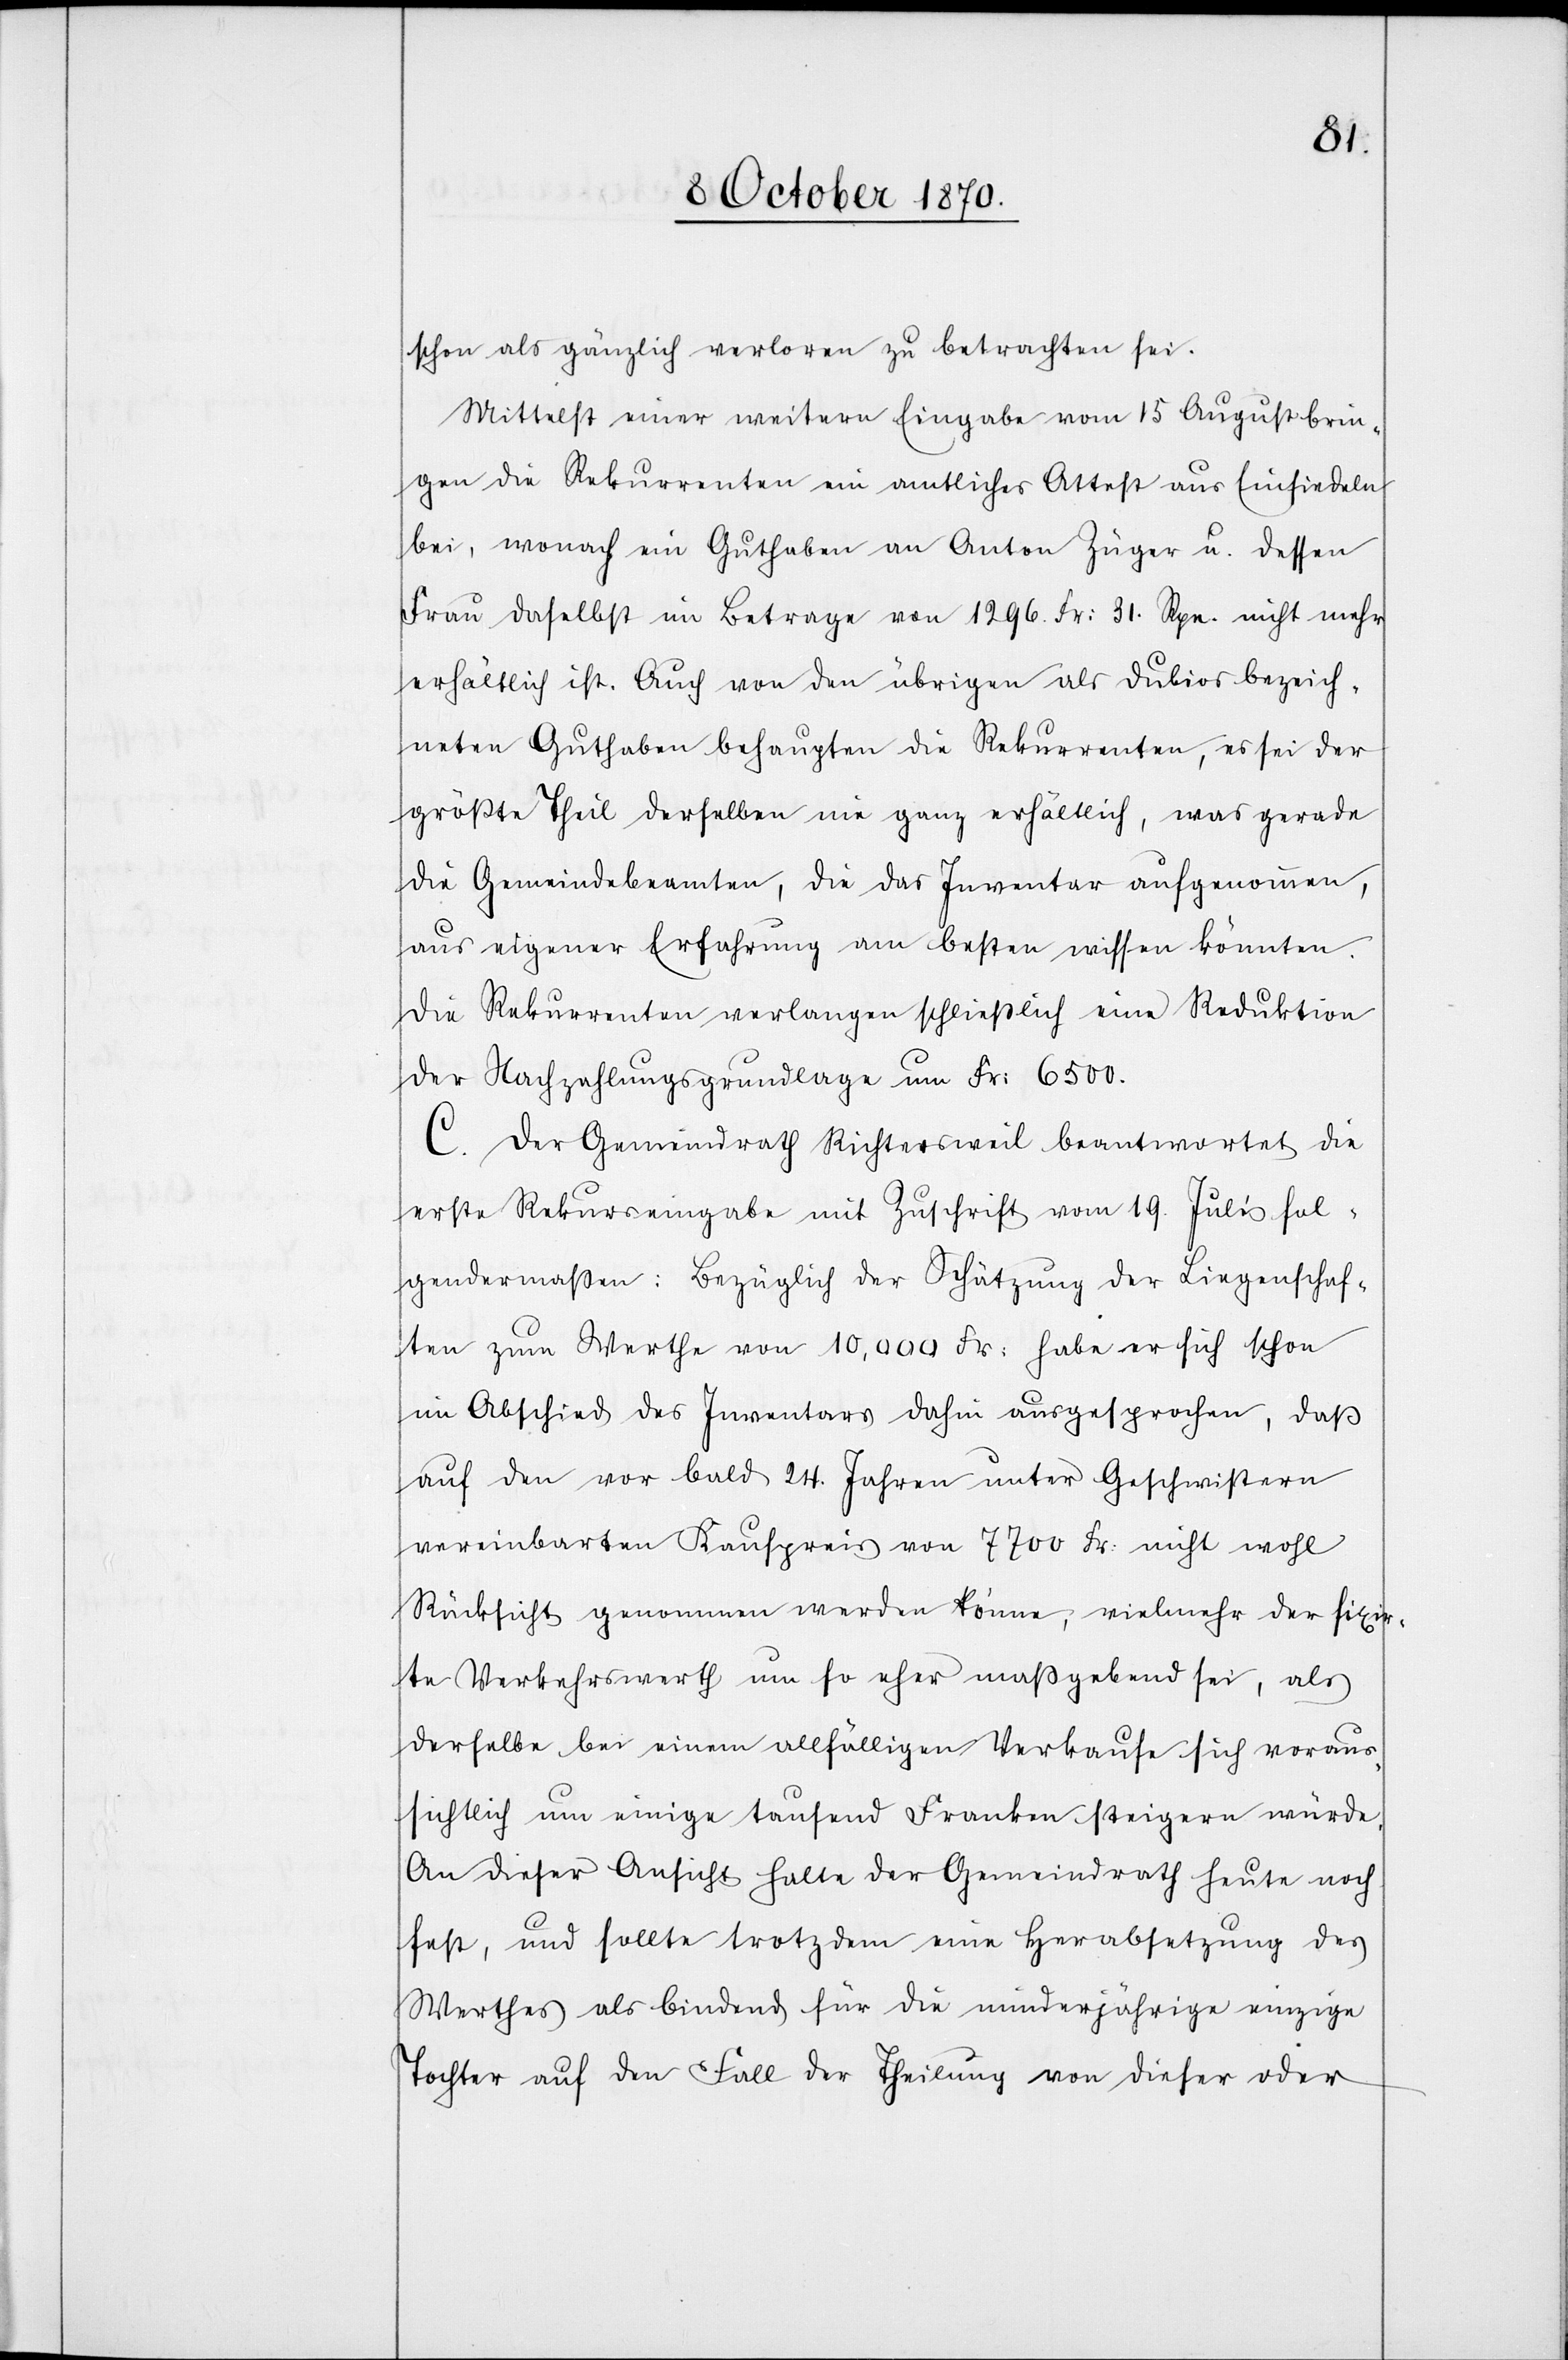
schon als gänzlich verloren zu betrachten sei.
Mittelst einer weitern Eingabe vom 15 August brin¬
gen die Rekurrenten ein amtliches Attest aus Einsiedeln
bei, wonach ein Guthaben an Anton Züger u. dessen
Frau daselbst im Betrage von 1296. Fr: 31 Rpn. nicht mehr
erhältlich ist. Auch von den übrigen als dubios bezeich¬
neten Guthaben behaupten die Rekurrenten, es sei der
größte Theil derselben nie ganz erhältlich, was gerade
die Gemeindebeamten, die das Inventar aufgenommen,
aus eigener Erfahrung am besten wissen könnten.
Die Rekurrenten verlangen schließlich eine Reduktion
der Nachzahlungsgrundlage um Fr: 6500.
C. Der Gemeindrath Richtersweil beantwortet die
erste Rekurseingabe mit Zuschrift vom 19. Juli fol¬
gendermaßen: Bezüglich der Schätzung der Liegenschaf¬
ten zum Werthe von 10,000 Fr: habe er sich schon
im Abschied des Inventars dahin ausgesprochen, daß
auf den vor bald 24. Jahren unter Geschwistern
vereinbarten Kaufpreis von 7700 Fr: nicht wohl
Rücksicht genommen werden könne, vielmehr der fixir¬
te Verkehrswerth um so eher maßgebend sei, als
derselbe bei einem allfälligen Verkaufe sich voraus¬
sichtlich um einige tausend Franken steigern würde.
An dieser Ansicht halte der Gemeindrath heute noch
fest, und sollte trotzdem eine Herabsetzung des
Werthes als bindend für die minderjährige einzige
Tochter auf den Fall der Theilung von dieser oder